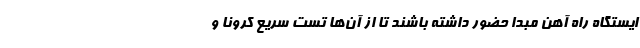
ایستگاه راه آهن مبدا حضور داشته باشند تا از آن‌ها تست سریع کرونا و